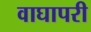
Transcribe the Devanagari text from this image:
वाघापरी